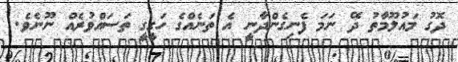
ދޮގު މައުލޫމާތު ދޭ ނަމަ ފެނިގެންދާނީ އެ ތަނެއްގެ ހަގީގީ ތަސައްވުރެއް ނޫނެވެ.